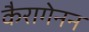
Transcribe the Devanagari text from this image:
कैरागेनन